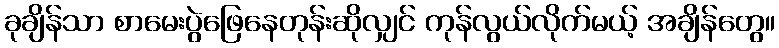
ခုချိန်သာ စာမေးပွဲဖြေနေတုန်းဆိုလျှင် ကုန်လွယ်လိုက်မယ့် အချိန်တွေ။